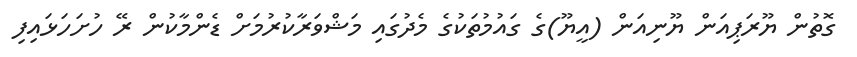
ގޮތުން ޔޫރަޕިއަން ޔޫނިއަން (އީޔޫ)ގެ ގައުމުތަކުގެ މެދުގައި މަޝްވަރާކުރުމަށް ޑެންމާކުން ރޭ ހުށަހަޅައިފި